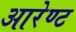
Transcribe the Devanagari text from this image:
आरेण्ट